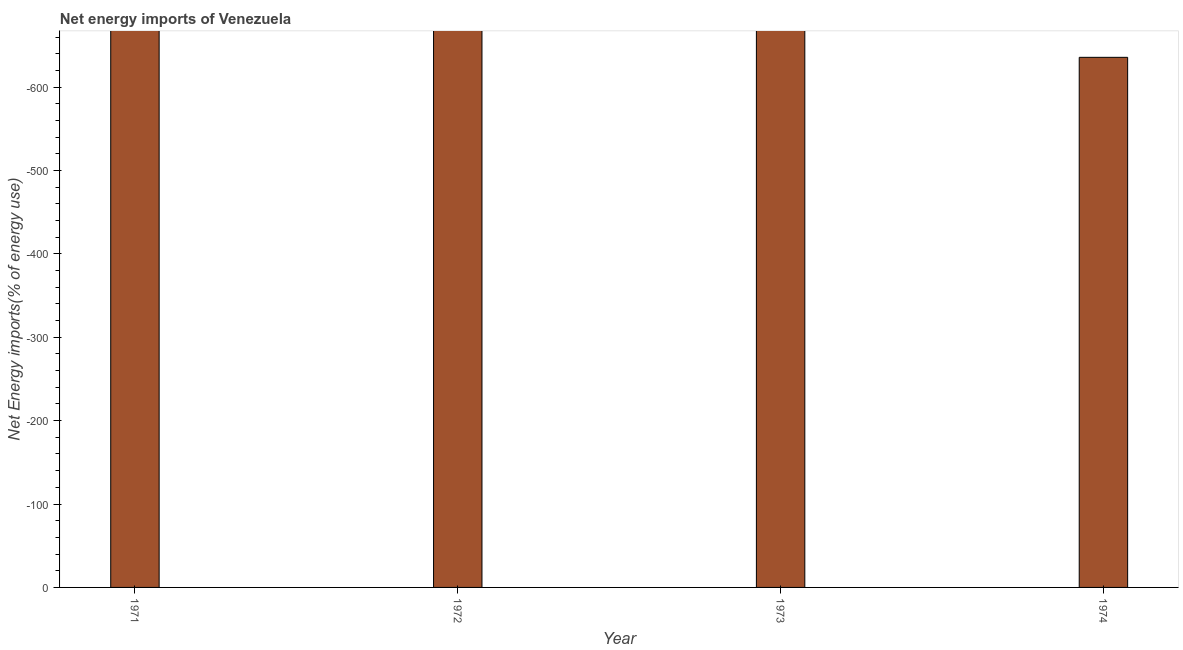
| Year | Energy imports |
 | --- | --- |
 | 1971 | -973 |
 | 1972 | -910 |
 | 1973 | -862 |
 | 1974 | -636 |